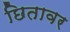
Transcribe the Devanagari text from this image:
छितावर